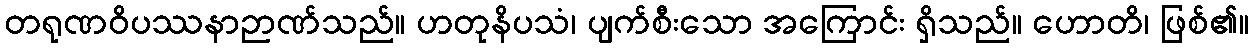
တရုဏဝိပဿနာဉာဏ်သည်။ ဟတုနိပသံ၊ ပျက်စီးသော အကြောင်း ရှိသည်။ ဟောတိ၊ ဖြစ်၏။